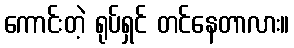
ကောင်းတဲ့ ရုပ်ရှင် တင်နေတာလား။